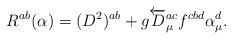
LaTeX: \begin{align*}R^{ab}({\alpha})=(D^2)^{ab}+g\overleftarrow{D}_\mu^{ac}f^{cbd}\alpha^d_\mu.\end{align*}